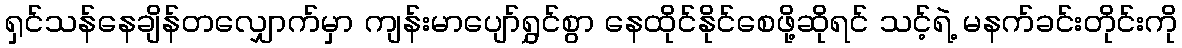
ရှင်သန်နေချိန်တလျှောက်မှာ ကျန်းမာပျော်ရွှင်စွာ နေထိုင်နိုင်စေဖို့ဆိုရင် သင့်ရဲ့ မနက်ခင်းတိုင်းကို